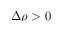
\Delta \rho > 0